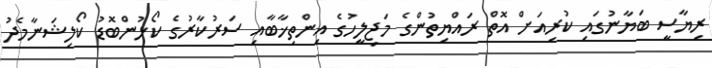
ރިޔާސީ ބަޔާނުގައި ކުރިއަށް އޮތް ރައްޔިތުންގެ މަޖިލީހުގެ އިންތިޚާބާއި ސަރުކާރުގެ ކޯޅުންބޮޑު ކޯލިޝަނާމެދު